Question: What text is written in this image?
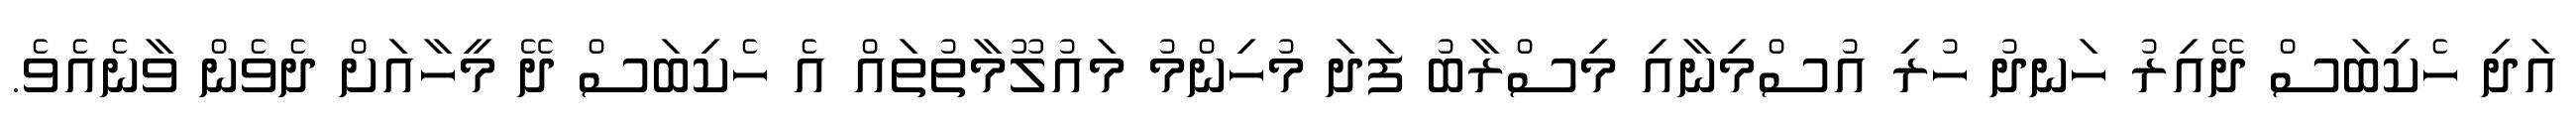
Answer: އަދި ހެކިބަސް ދޭއިރު ހަނދު ހުރި އުސްމިނާއި މިސްރާބު ފަދަ މުހިންމު މައުލޫމާތުތައް އެ ހެކިބަސް ދޭ މީހާއަށް ދެވެން ވާނެއެވެ.